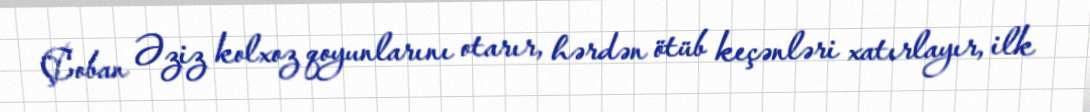
Çoban Əziz kolxoz qoyunlarını otarır, hərdən ötüb keçənləri xatırlayır, ilk